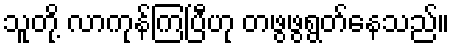
သူတို့ လာကုန်ကြပြီဟု တဖွဖွရွတ်နေသည်။